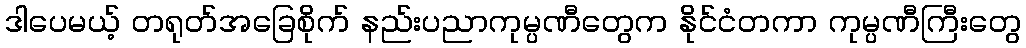
ဒါပေမယ့် တရုတ်အခြေစိုက် နည်းပညာကုမ္ပဏီတွေက နိုင်ငံတကာ ကုမ္ပဏီကြီးတွေ